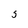
Character: 3